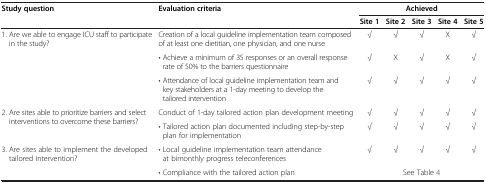
<table><thead><tr><td><b>Study question</b></td><td><b>Evaluation criteria</b></td><td colspan="5"><b>Achieved</b></td></tr><tr><td><b> </b></td><td><b> </b></td><td><b>Site 1</b></td><td><b>Site 2</b></td><td><b>Site 3</b></td><td><b>Site 4</b></td><td><b>Site 5</b></td></tr></thead><tbody><tr><td>1. Are we able to engage ICU staff to participate in the study?</td><td>Creation of a local guideline implementation team composed of at least one dietitian, one physician, and one nurse</td><td>√</td><td>√</td><td>√</td><td>X</td><td>√</td></tr><tr><td> </td><td>• Achieve a minimum of 35 responses or an overall response rate of 50% to the barriers questionnaire</td><td>√</td><td>X</td><td>√</td><td>X</td><td>√</td></tr><tr><td> </td><td>• Attendance of local guideline implementation team and key stakeholders at a 1-day meeting to develop the tailored intervention</td><td>√</td><td>√</td><td>√</td><td>√</td><td>√</td></tr><tr><td rowspan="2">2. Are sites able to prioritize barriers and select interventions to overcome these barriers?</td><td>Conduct of 1-day tailored action plan development meeting</td><td>√</td><td>√</td><td>√</td><td>√</td><td>√</td></tr><tr><td>• Tailored action plan documented including step-by-step plan for implementation</td><td>√</td><td>√</td><td>√</td><td>√</td><td>√</td></tr><tr><td>3. Are sites able to implement the developed tailored intervention?</td><td>• Local guideline implementation team attendance at bimonthly progress teleconferences</td><td>√</td><td>√</td><td>√</td><td>√</td><td>√</td></tr><tr><td> </td><td>• Compliance with the tailored action plan</td><td colspan="5">See Table 4</td></tr></tbody></table>